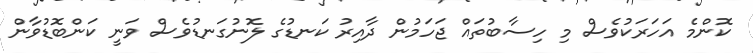
ކޮންމެ އަހަރަކުވެސް މި ހިސާބުތައް ޖަހަމުން ދާއިރު ކަނޑުގެ ލޮނުގަނޑުވެސް ވަނީ ކަންބޮޑުވާން